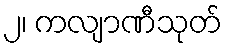
၂၊ ကလျာဏီသုတ်